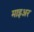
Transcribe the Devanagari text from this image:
माइअर